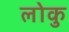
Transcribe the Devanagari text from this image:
लोकु